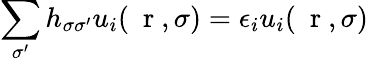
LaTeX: \sum_{\sigma^{\prime}}h_{\sigma\sigma^{\prime}}u_{i}(\mathrm{~\mathbf~r~},\sigma)=\epsilon_{i}u_{i}(\mathrm{~\mathbf~r~},\sigma)